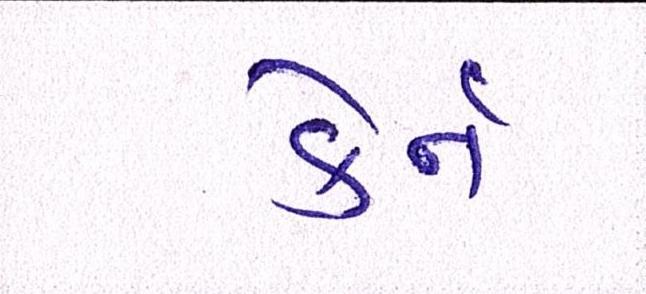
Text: કેર્ન